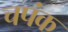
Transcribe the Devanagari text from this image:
चपंक